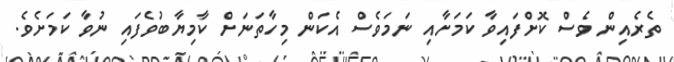
ތެރެއިން ވެސް ކޮށްފައިވާ ކަމަށާއި ނަމަވެސް އެކަން މިހާތަނަށް ކާމިޔާބުވެފައި ނުވާ ކަމަށެވެ.